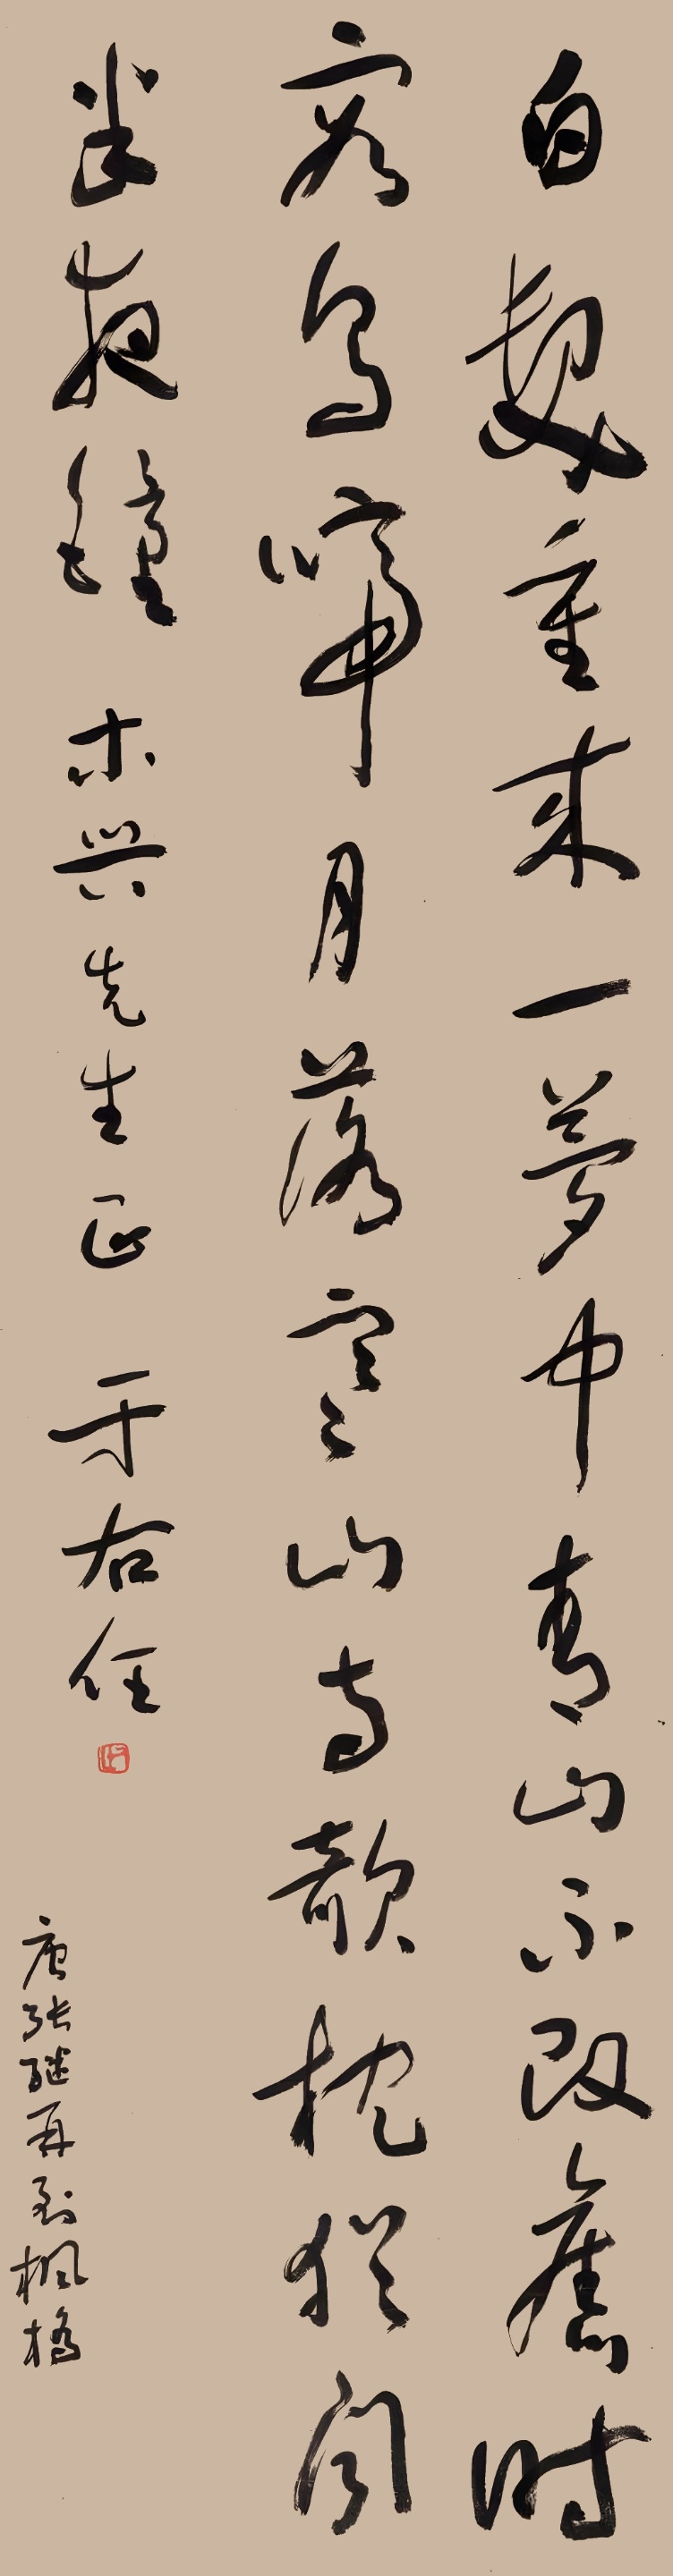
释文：白首重来一梦中，青山不改旧时容。乌啼月落桥边寺，倚枕犹闻半夜钟。木兴先生正，于右任。唐张继在到枫桥。